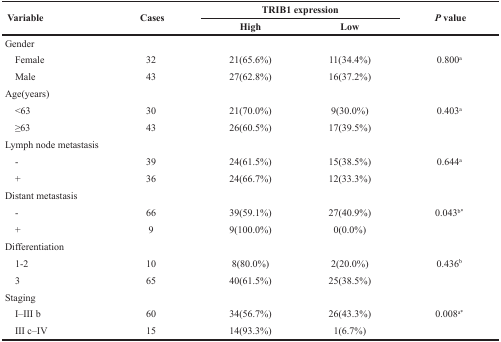
<table><thead><tr><td rowspan="2"><b>Variable</b></td><td rowspan="2"><b>Cases</b></td><td colspan="2"><b>TRIB1 expression</b></td><td rowspan="2"><b><i>P</i> value</b></td></tr><tr><td><b>High</b></td><td><b>Low</b></td></tr></thead><tbody><tr><td>Gender</td><td></td><td></td><td></td><td></td></tr><tr><td> Female</td><td>32</td><td>21(65.6%)</td><td>11(34.4%)</td><td>0.800<sup>a</sup></td></tr><tr><td> Male</td><td>43</td><td>27(62.8%)</td><td>16(37.2%)</td><td></td></tr><tr><td>Age(years)</td><td></td><td></td><td></td><td></td></tr><tr><td> &lt;63</td><td>30</td><td>21(70.0%)</td><td>9(30.0%)</td><td>0.403<sup>a</sup></td></tr><tr><td> ≥63</td><td>43</td><td>26(60.5%)</td><td>17(39.5%)</td><td></td></tr><tr><td>Lymph node metastasis</td><td></td><td></td><td></td><td></td></tr><tr><td> -</td><td>39</td><td>24(61.5%)</td><td>15(38.5%)</td><td>0.644<sup>a</sup></td></tr><tr><td> +</td><td>36</td><td>24(66.7%)</td><td>12(33.3%)</td><td></td></tr><tr><td>Distant metastasis</td><td></td><td></td><td></td><td></td></tr><tr><td> -</td><td>66</td><td>39(59.1%)</td><td>27(40.9%)</td><td>0.043<sup>b</sup>*</td></tr><tr><td> +</td><td>9</td><td>9(100.0%)</td><td>0(0.0%)</td><td></td></tr><tr><td>Differentiation</td><td></td><td></td><td></td><td></td></tr><tr><td> 1-2</td><td>10</td><td>8(80.0%)</td><td>2(20.0%)</td><td>0.436<sup>b</sup></td></tr><tr><td> 3</td><td>65</td><td>40(61.5%)</td><td>25(38.5%)</td><td></td></tr><tr><td>Staging</td><td></td><td></td><td></td><td></td></tr><tr><td> I–III b</td><td>60</td><td>34(56.7%)</td><td>26(43.3%)</td><td>0.008<sup>a</sup>*</td></tr><tr><td> III c–IV</td><td>15</td><td>14(93.3%)</td><td>1(6.7%)</td><td></td></tr></tbody></table>